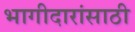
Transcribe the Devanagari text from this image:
भागीदारांसाठी